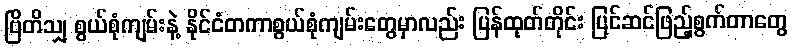
ဗြိတိသျှ စွယ်စုံကျမ်းနဲ့ နိုင်ငံတကာစွယ်စုံကျမ်းတွေမှာလည်း ပြန်ထုတ်တိုင်း ပြင်ဆင်ဖြည့်စွက်တာတွေ